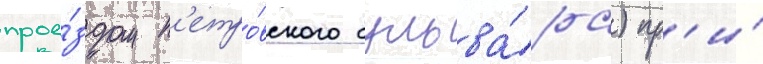
прое́здом п'етро́вского бульва́ра) пр'и́